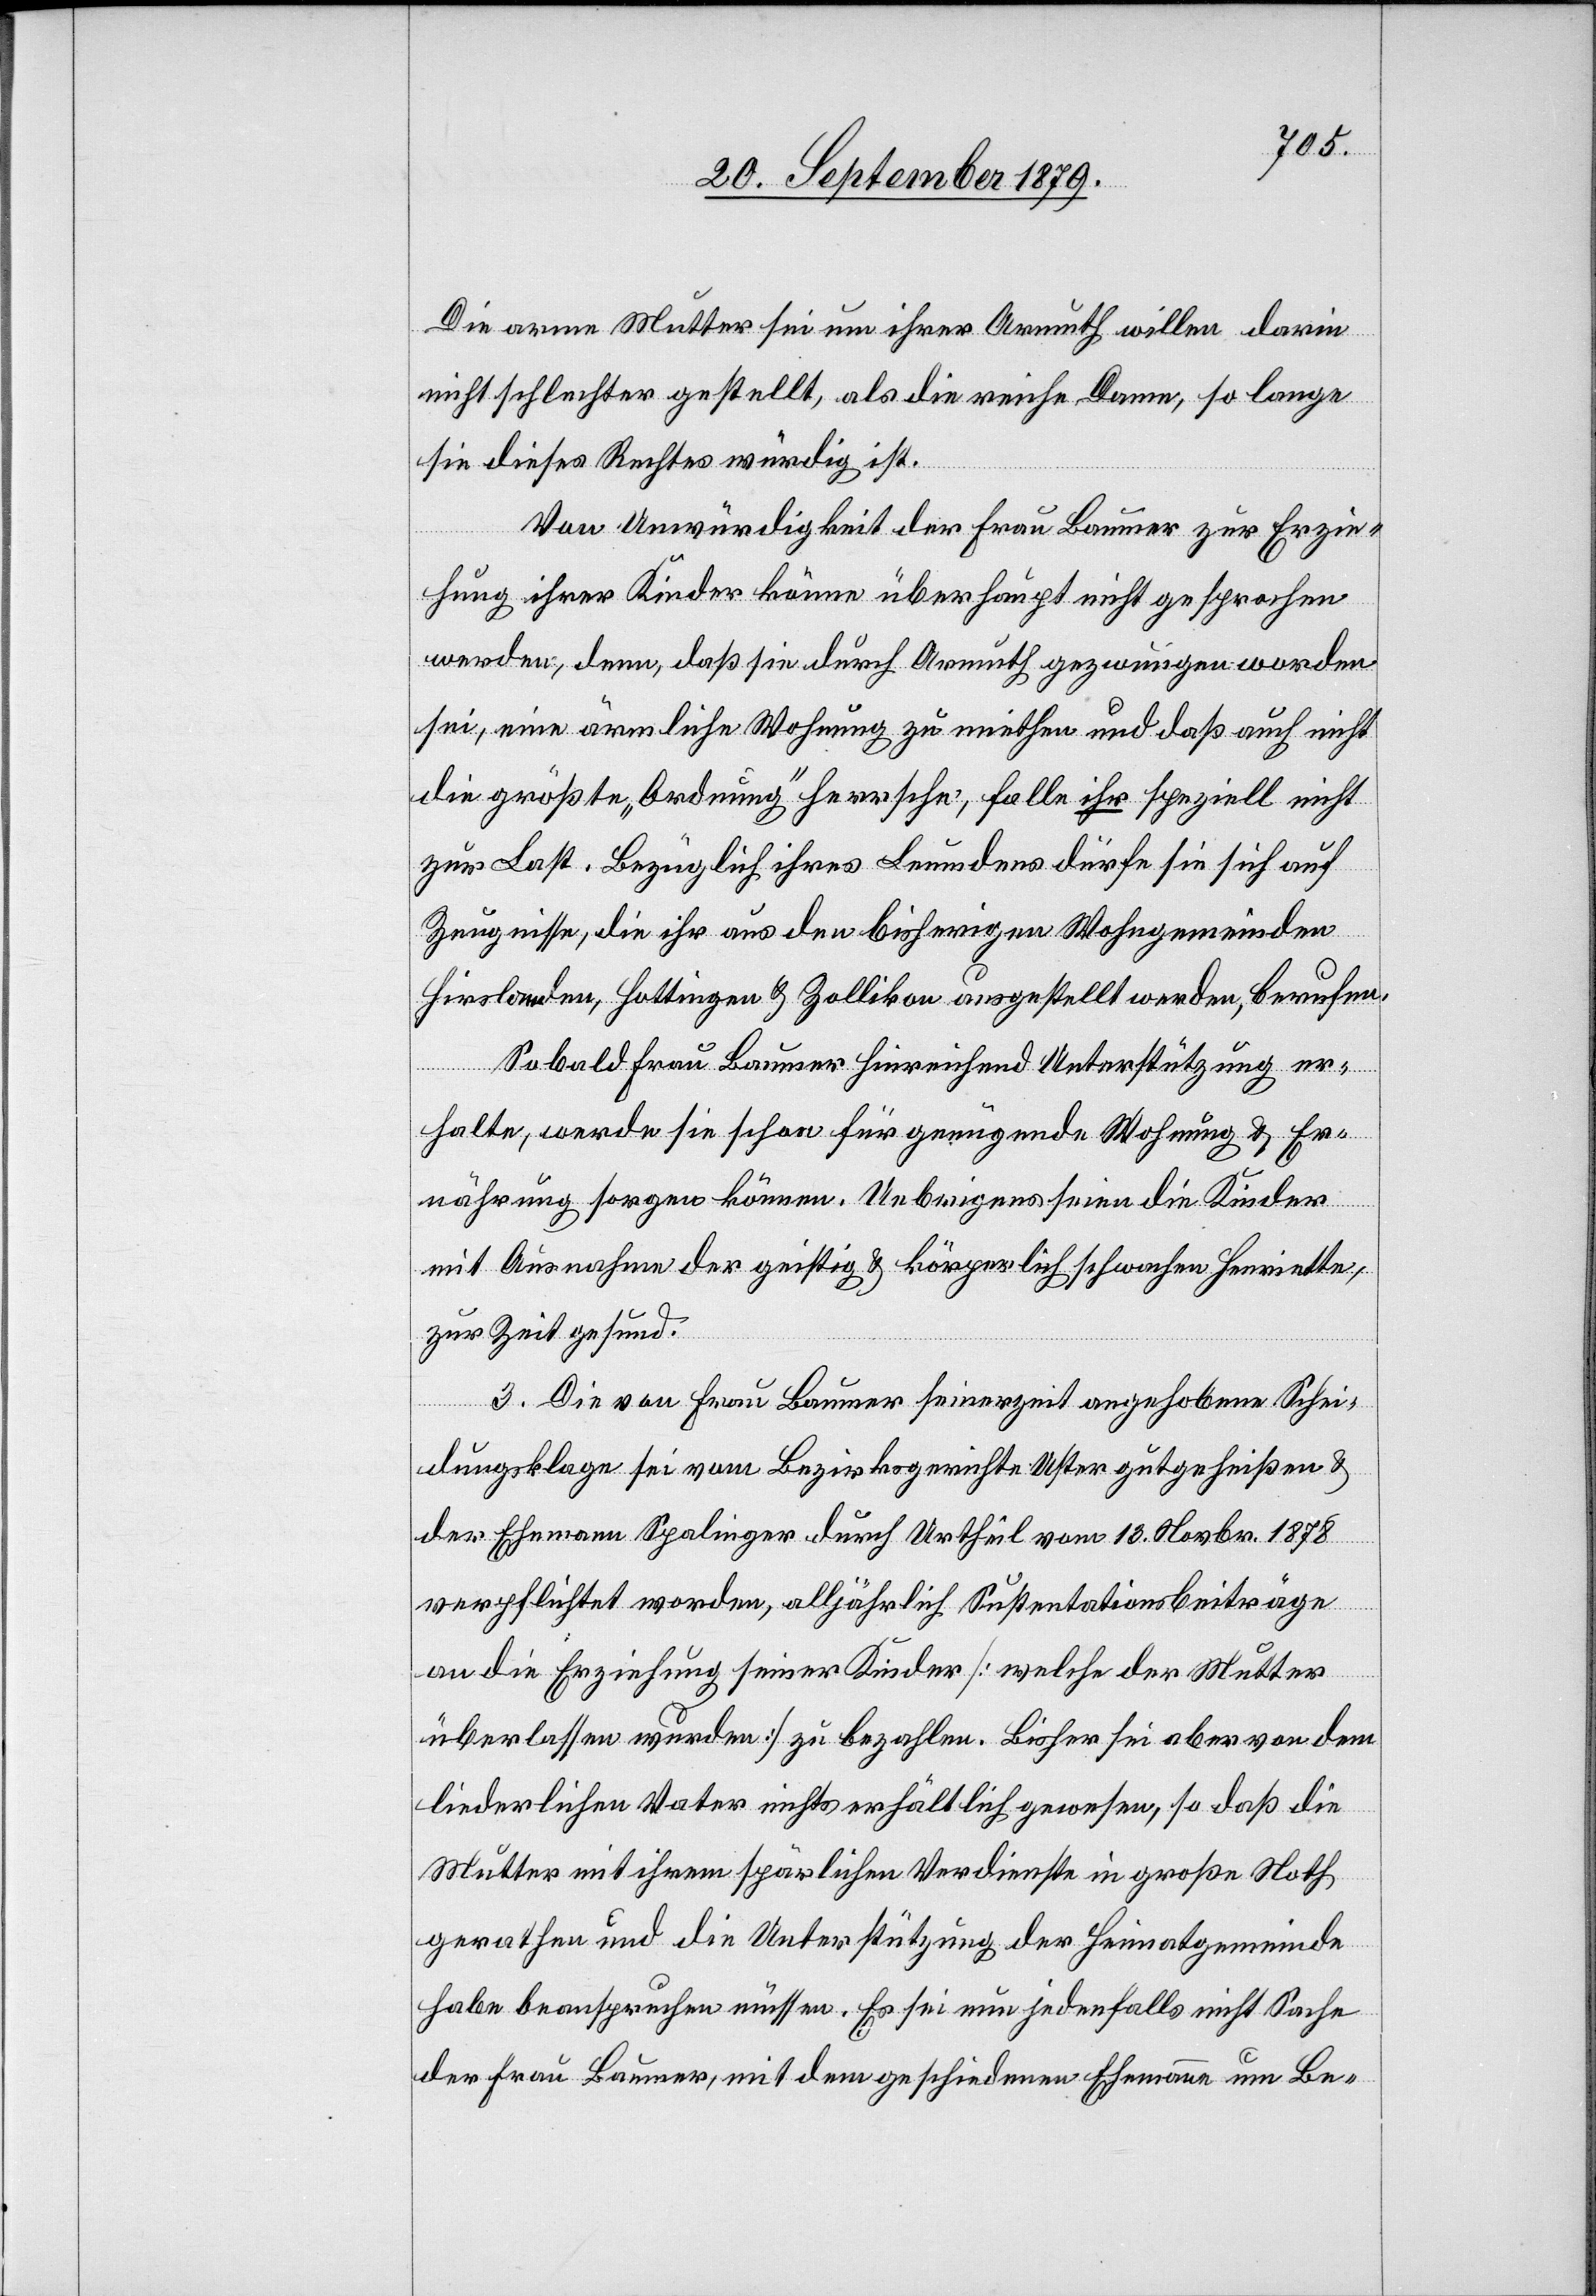
Die arme Mutter sei um ihrer Armuth willen darin
nicht schlechter gestellt, als die reiche Dame, so lange
sie dieses Rechtes würdig ist.
Von Unwürdigkeit der Frau Baumer zur Erzie¬
hung ihrer Kinder könne überhaupt nicht gesprochen
werden, denn, daß sie durch Armuth gezwungen worden
sei, eine ärmliche Wohnung zu miethen und daß auch nicht
die größte „Ordnung“ hersehe, falle ihr speziell nicht
zur Last. Bezüglich ihres Leumdens dürfe sie sich auf
Zeugnisse, die ihr aus den bisherigen Wohngemeinden
Hirslanden, Hottingen & Zollikon ausgestellt werden, berufen.
Sobald Frau Baumer hinreichend Unterstützung er¬
halte, werde sie schon für genügende Wohnung & Er¬
nährung sorgen können. Uebrigens seien die Kinder
mit Ausnahme der geistig & körperlich schwachen Henriette,
zur Zeit gesund.
3. Die von Frau Baumer seinerzeit angehobene Schei¬
dungsklage sei vom Bezirksgerichte Uster gutgeheißen &
der Ehemann Spalinger durch Urtheil vom 13. Novbr. 1878
verpflichtet worden, alljährlich Sustentationsbeiträge
an die Erziehung seiner Kinder [welche der Mutter
überlassen wurden] zu bezahlen. Bisher sei aber von dem
liederlichen Vater nichts erhältlich gewesen, so daß die
Mutter mit ihrem spärlichen Verdienste in große Noth
gerathen und die Unterstützung der Heimatgemeinde
habe beanspruchen müssen. Es sei nun jedenfalls nicht Sache
der Frau Baumer, mit dem geschiedenen Ehemann um Be-